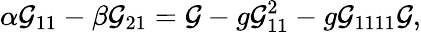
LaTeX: \alpha{\cal G}_{11}-\beta{\cal G}_{21}={\cal G}-g{\cal G}_{11}^{2}-g{\cal G}_{1111}{\cal G},